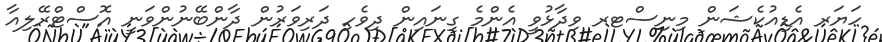
ހަޔަރ އެޑިއުކެޝަން މިނިސްޓރ ވިދާޅުވީ އެންމެ ގިނައިން ދިވެހި ދަރިވަރުން ދާންބޭނުންވަނީ އޮސްޓްރޭލިއާ